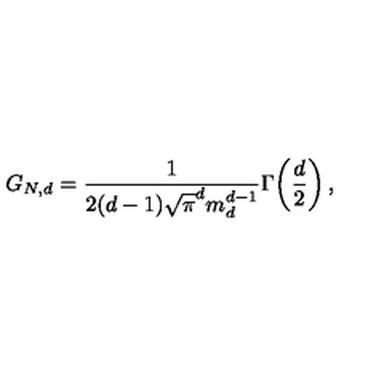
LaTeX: G _ { N , d } = \frac { 1 } { 2 ( d - 1 ) \sqrt { \pi } ^ { d } m _ { d } ^ { d - 1 } } \Gamma \! \left( \frac { d } { 2 } \right) ,